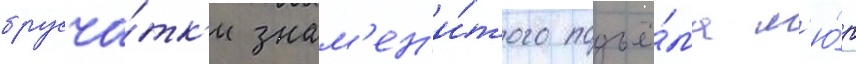
брусча́тк'и знам'ен'и́того подъё́ма м'ю́р